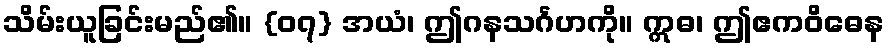
သိမ်းယူခြင်းမည်၏။ {၀၇} အယံ၊ ဤဂနသင်္ဂဟကို။ ဣဓ၊ ဤဧကဝိဓေန